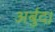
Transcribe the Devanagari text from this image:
अर्बुद।